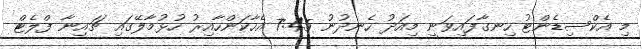
މި އެކްސިޑެންޓު ހިނގާފައިވަނީ މިއަދު ހެނދުނު 7:45 އެހާކަންހާއިރު ހުޅުމާލޭގައި ޗައިނާ ފްލެޓް